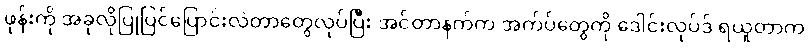
ဖုန်းကို အခုလိုပြုပြင်ပြောင်းလဲတာတွေလုပ်ပြီး အင်တာနက်က အက်ပ်တွေကို ဒေါင်းလုပ်ဒ် ရယူတာက